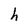
Character: h